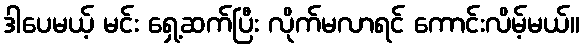
ဒါပေမယ့် မင်း ရှေ့ဆက်ပြီး လိုက်မလာရင် ကောင်းလိမ့်မယ်။